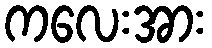
ကလေးအား